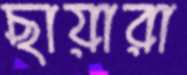
ছায়ারা